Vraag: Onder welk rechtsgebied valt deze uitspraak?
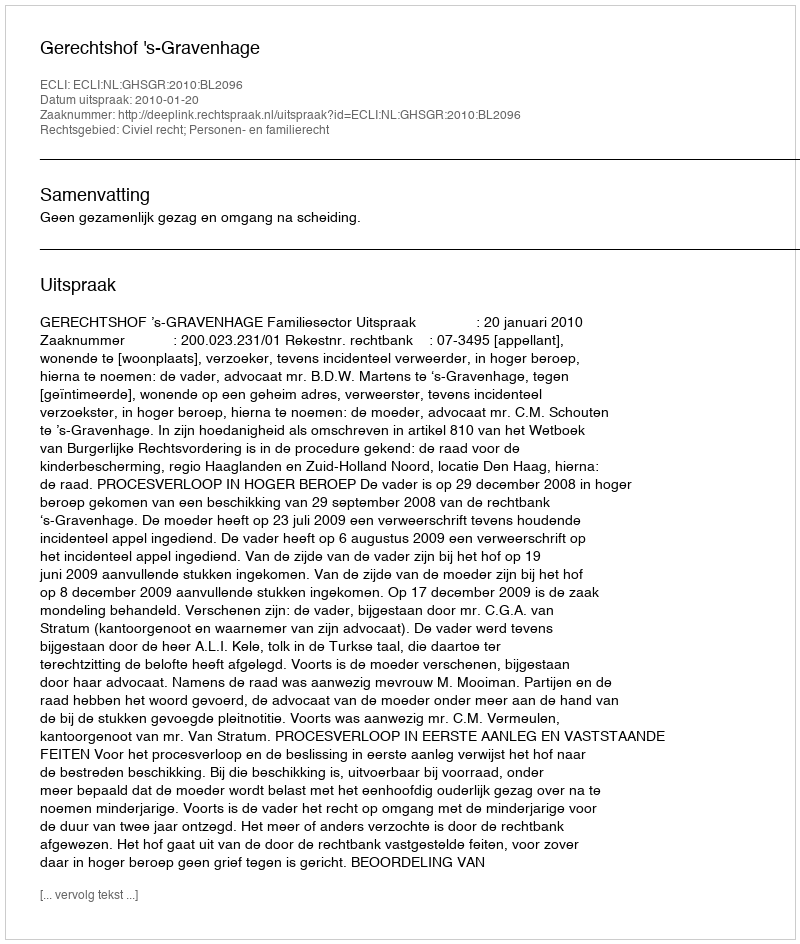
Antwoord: Civiel recht; Personen- en familierecht